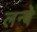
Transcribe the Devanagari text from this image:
लन्बे